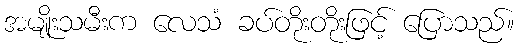
အမျိုးသမီးက လေသံ ခပ်တိုးတိုးဖြင့် ပြောသည်။